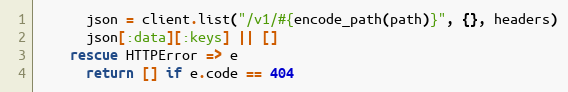
Language: Ruby
      json = client.list("/v1/#{encode_path(path)}", {}, headers)
      json[:data][:keys] || []
    rescue HTTPError => e
      return [] if e.code == 404